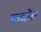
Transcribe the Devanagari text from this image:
बच्चोंल